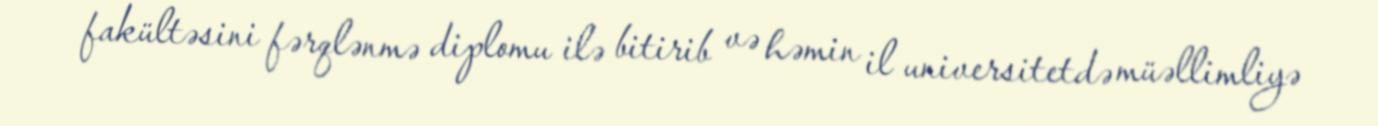
fakültəsini fərqlənmə diplomu ilə bitirib və həmin il universitetdə müəllimliyə